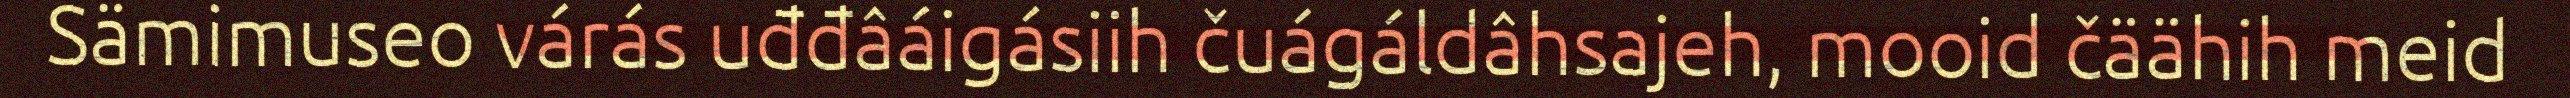
Sämimuseo várás uđđâáigásiih čuágáldâhsajeh, mooid čäähih meid